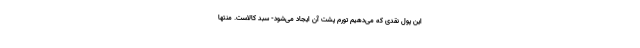
این پول نقدی که می‌دهیم تورم پشت آن ایجاد می‌شود- سبد کالاست. منتها